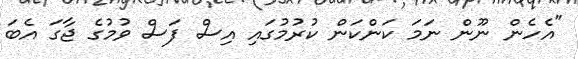
"އެހެން ނޫން ނަމަ ކަންކަން ކުރުމުގައި އިސް ފަސް ވުމުގެ ޖާގަ އެބަ